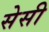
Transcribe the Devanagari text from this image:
सेसी